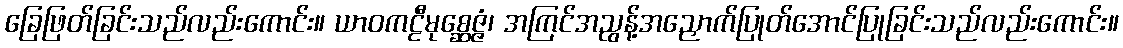
ခြေဖြတ်ခြင်းသည်လည်းကောင်း။ ယာဝကဠီမုစ္ဆေဇ္ဇံ၊ အကြင်အညွန့်အညှောက်ပြုတ်အောင်ပြုခြင်းသည်လည်းကောင်း။